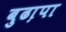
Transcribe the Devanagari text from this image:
बुढा़पा